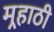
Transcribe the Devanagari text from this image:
मर्‍हाठी